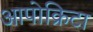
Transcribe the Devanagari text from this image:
आपोक्रिटा